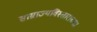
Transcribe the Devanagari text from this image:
साम्राज्यविस्ताराच्या